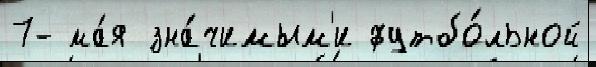
7- ма́я зна́чимым'и футбо́льной